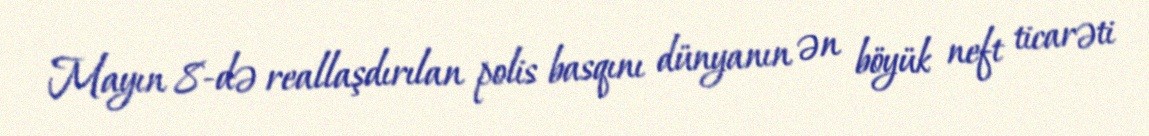
Mayın 8-də reallaşdırılan polis basqını dünyanın ən böyük neft ticarəti